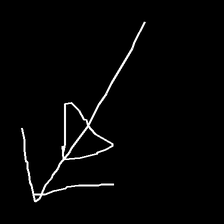
Glyph: pull